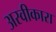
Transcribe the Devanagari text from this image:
अस्वीकारा